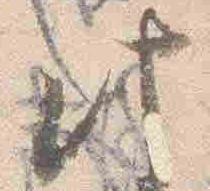
此